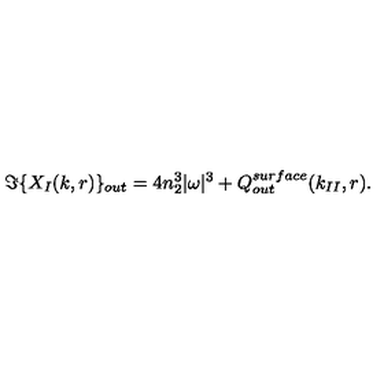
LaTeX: \Im \{ X _ { I } ( k , r ) \} _ { o u t } = 4 n _ { 2 } ^ { 3 } | \omega | ^ { 3 } + Q _ { o u t } ^ { s u r f a c e } ( k _ { I I } , r ) .